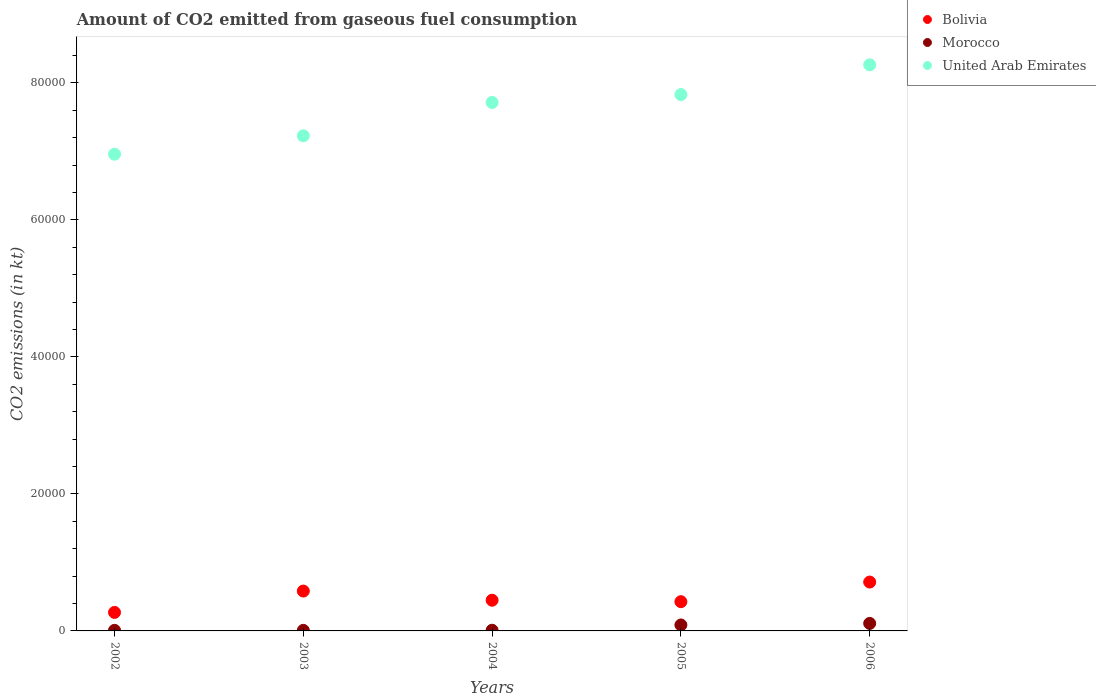
| Years | Bolivia | Morocco | United Arab Emirates |
 | --- | --- | --- | --- |
 | 2002 | 2.7e+03 | 84.3 | 6.96e+04 |
 | 2003 | 5.82e+03 | 80.7 | 7.23e+04 |
 | 2004 | 4.48e+03 | 99 | 7.71e+04 |
 | 2005 | 4.27e+03 | 869 | 7.83e+04 |
 | 2006 | 7.13e+03 | 1.1e+03 | 8.26e+04 |